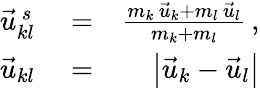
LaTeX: \begin{array}{rlr}{\vec{u}_{kl}^{\, s}}&{{}=}&{\frac{m_{k}\, \vec{u}_{k}+m_{l}\, \vec{u}_{l}}{m_{k}+m_{l}}\, ,}\\ {\vec{u}_{kl}}&{{}=}&{\left|\vec{u}_{k}-\vec{u}_{l}\right|}\end{array}